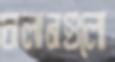
চালানগুলো